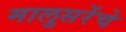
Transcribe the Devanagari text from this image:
मालुसरेंचे